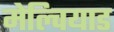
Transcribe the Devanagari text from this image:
मेल्चियाड